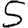
Digit: 5